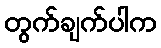
တွက်ချက်ပါက